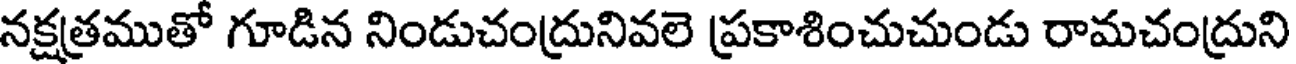
నక్షత్రముతో గూడిన నిండుచంద్రునివలె ప్రకాశించుచుండు రామచంద్రుని